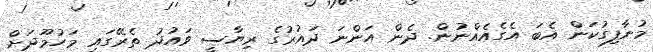
މުނާފިގުކަން އެބަ އެގެއެއްނުން. ދެން އަންނަ ދައުރުގެ ރިޔާސީ ވައުދު ތެރޭގައި މަހުމޫދަށް